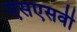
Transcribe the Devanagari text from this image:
एसएसवी